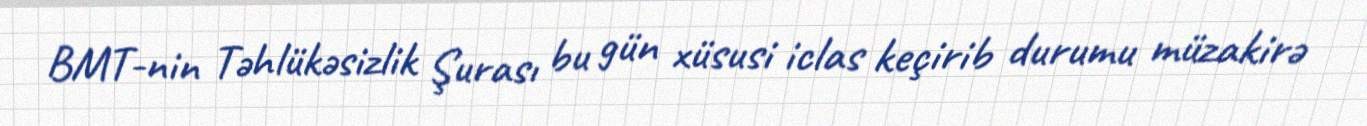
BMT-nin Təhlükəsizlik Şurası bu gün xüsusi iclas keçirib durumu müzakirə